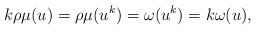
LaTeX: \begin{align*}k\rho\mu(u)=\rho\mu(u^k)=\omega(u^k)=k\omega(u),\end{align*}